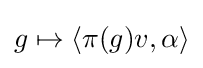
g\mapsto \langle \pi (g)v,\alpha \rangle